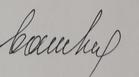
Signature authenticity: forged